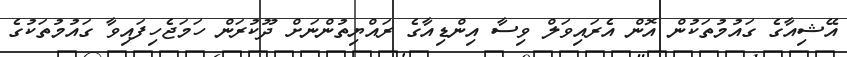
އޭޝިއާގެ ގައުމުތަކުން އޮން އެރައިވަލް ވިސާ އިންޑިއާގެ ރައްޔިތުންނަށް ދޫކުރަން ހަމަޖެހިފައިވާ ގައުމުތަކުގެ